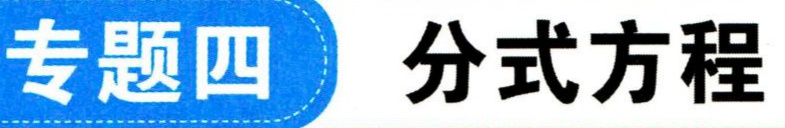
专题四 分式方程